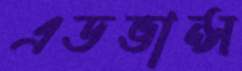
এডভান্স